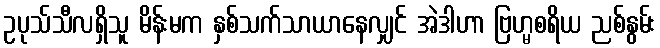
ဥပုသ်သီလရှိသူ မိန်းမက နှစ်သက်သာယာနေလျှင် အဲဒါဟာ ဗြဟ္မစရိယ ညစ်နွမ်း